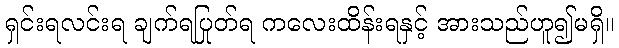
ရှင်းရလင်းရ ချက်ရပြုတ်ရ ကလေးထိန်းရနှင့် အားသည်ဟူ၍မရှိ။